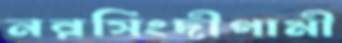
নরসিংদীগামী